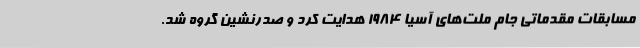
مسابقات مقدماتی جام ملت‌های آسیا 1984 هدایت کرد و صدرنشین گروه شد.